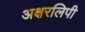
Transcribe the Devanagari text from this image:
अक्षरलिपी